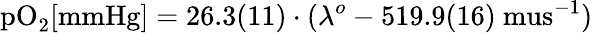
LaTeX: \mathrm{pO}_{2}\mathrm{[mmHg]}=26.3(11)\cdot(\lambda^{o}-519.9(16)\mathrm{\ mus}^{-1})